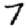
Digit: 7